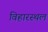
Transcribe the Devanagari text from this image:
विहारस्थल